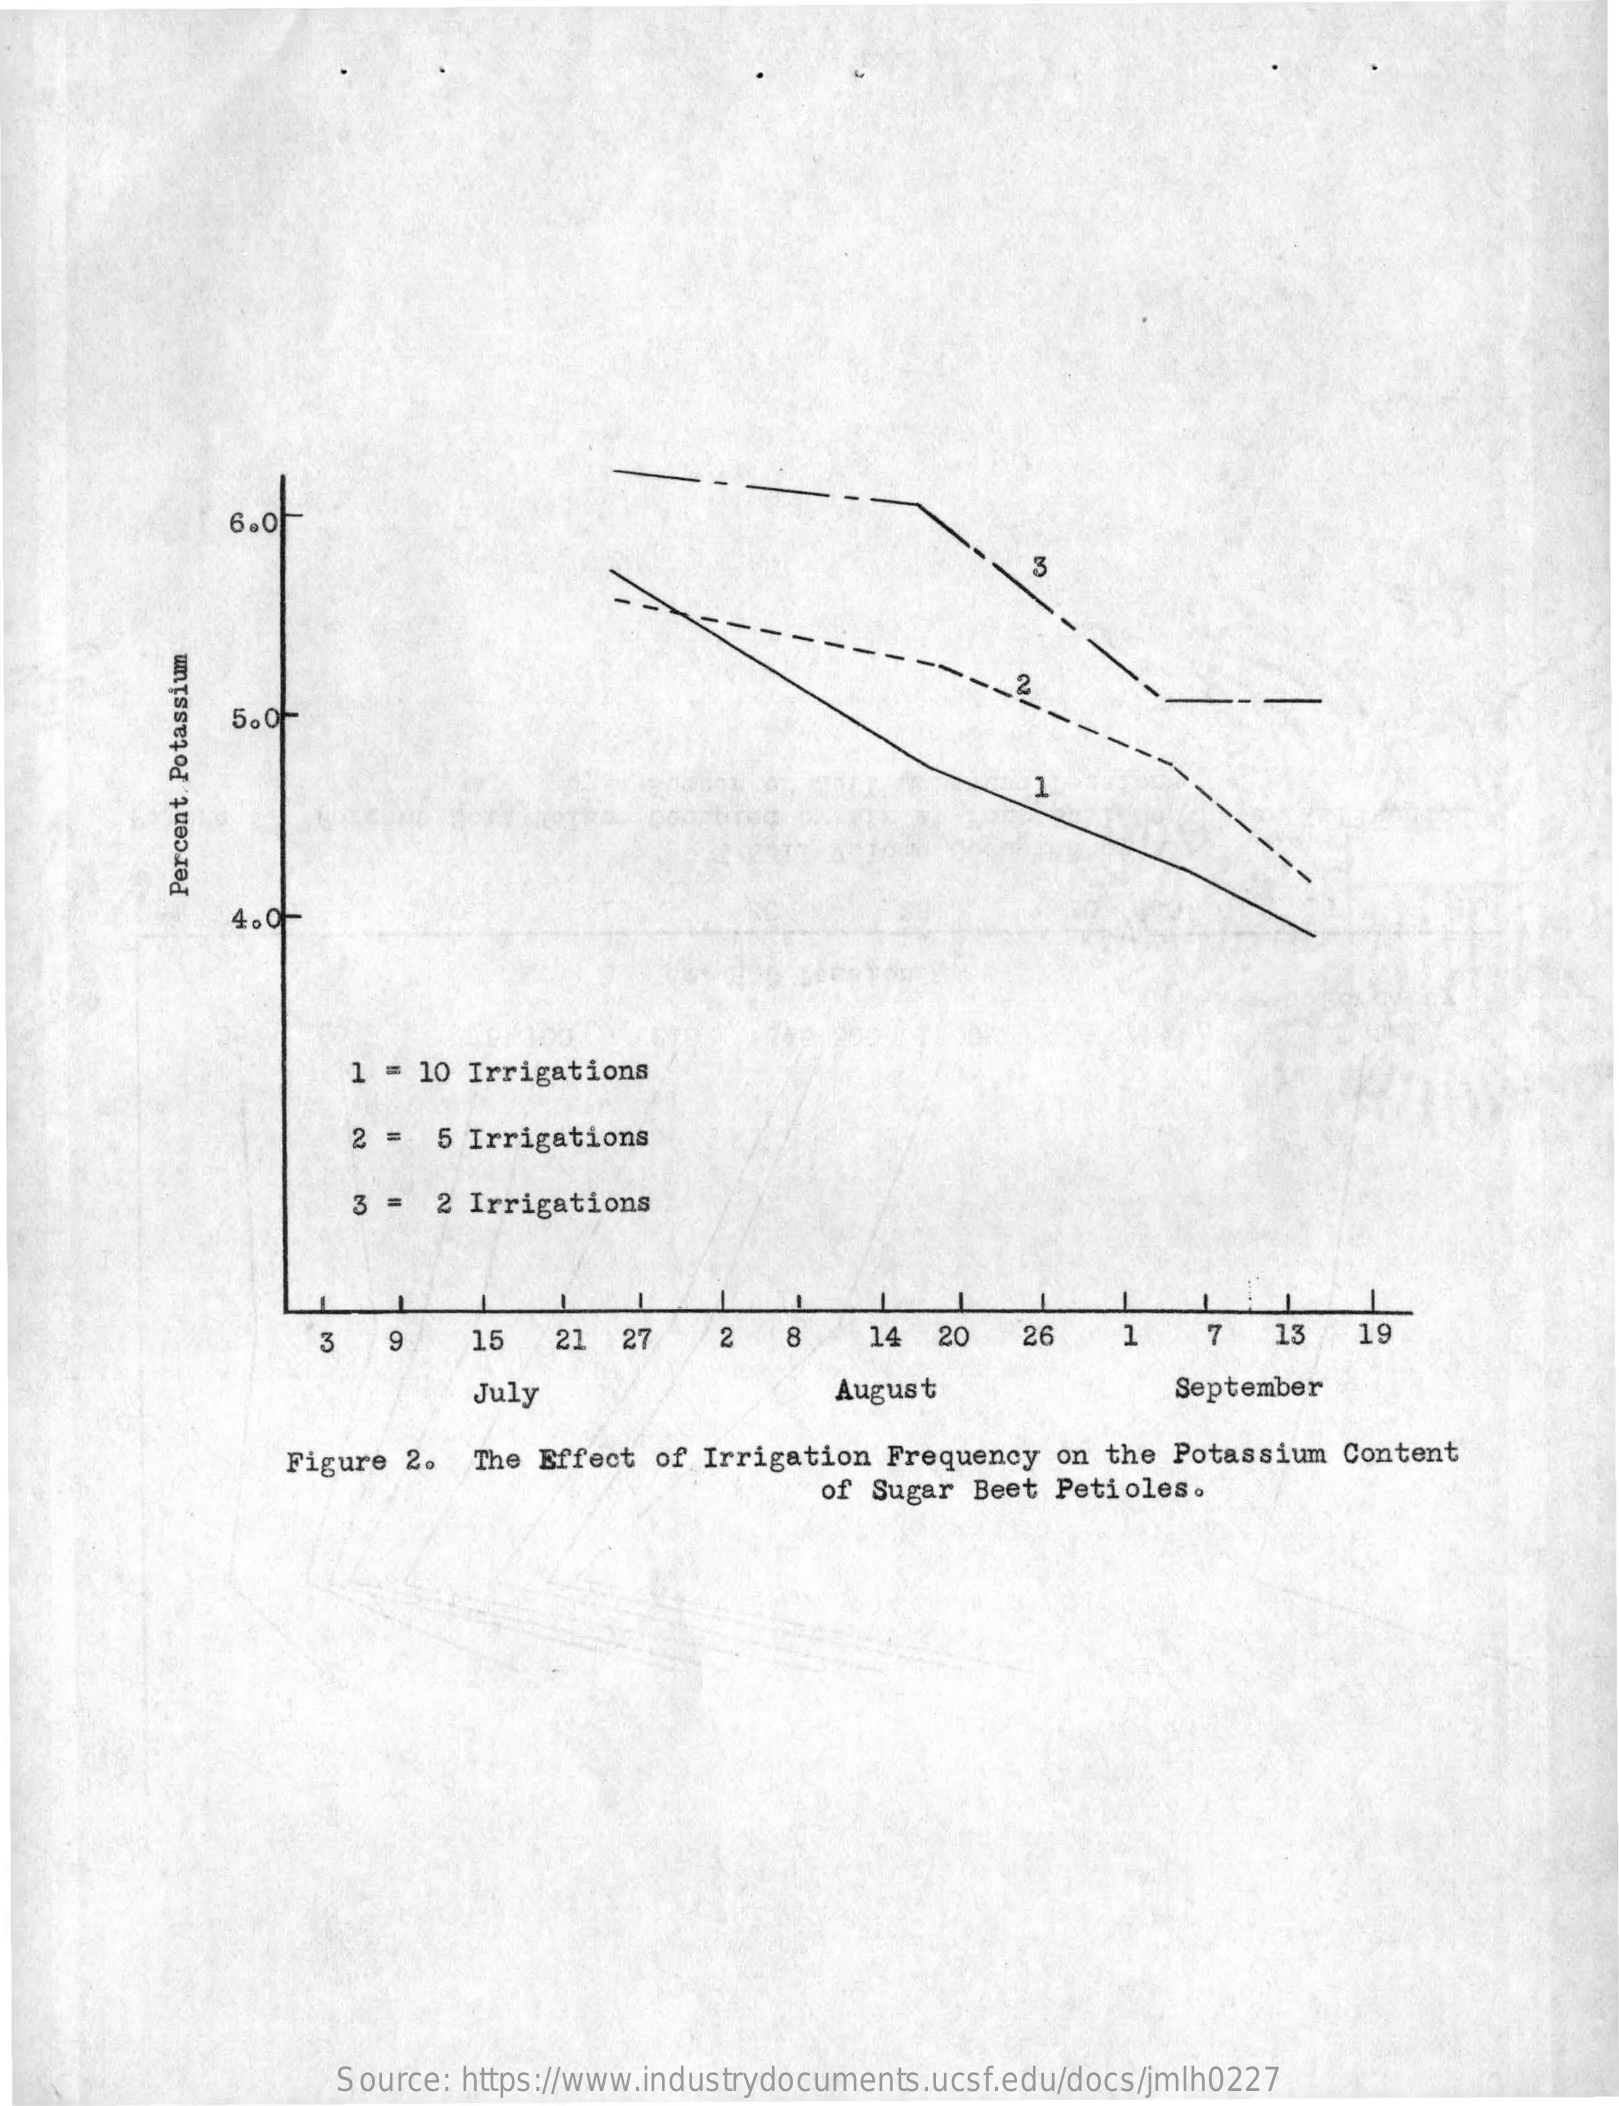
6.0}
     --- 2
     5. 0
     1
     Percent
     Potassium
     4. 0
     1 = 10 Irrigations
     2 =  5 Irrigations
     3 =  2 Irrigations
     3   9    15    21  27    2   8    14  20    26    1    7   13   19
     July    August    September
     Figure 2.  The Effect  of Irrigation Frequency  on the Potassium  Content
     of Sugar Beet  Petioles.
     Source: https://www.industrydocuments.ucsf.edu/docs/jmlh0227